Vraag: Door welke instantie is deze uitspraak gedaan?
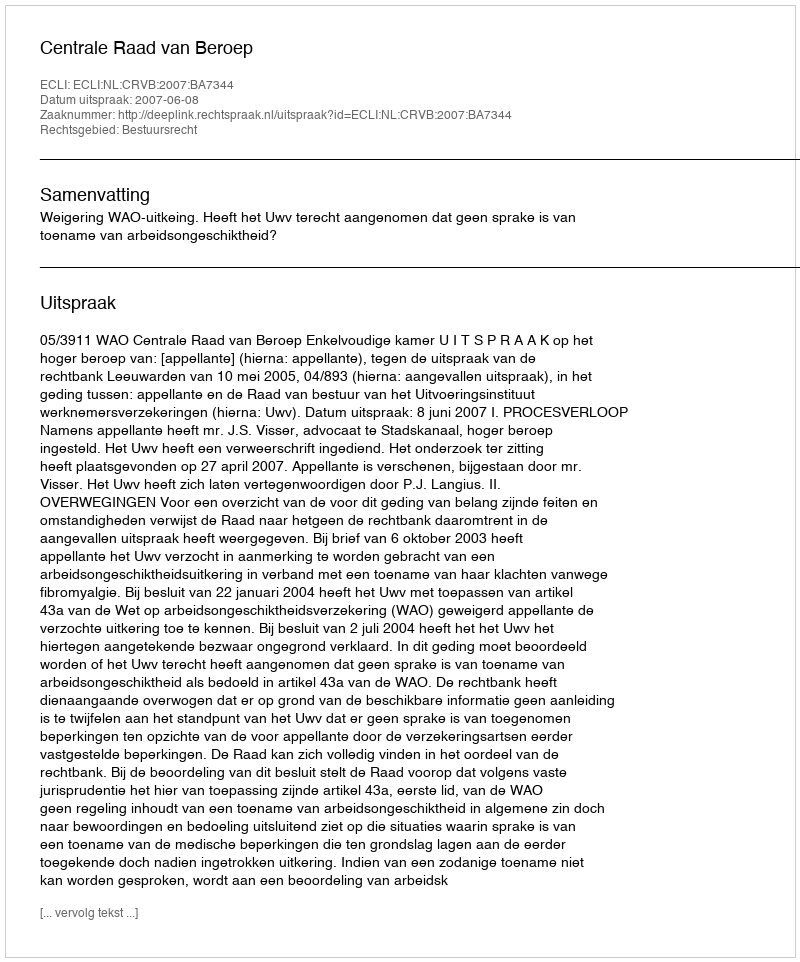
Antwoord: Centrale Raad van Beroep